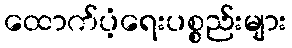
ထောက်ပံ့ရေးပစ္စည်းများ